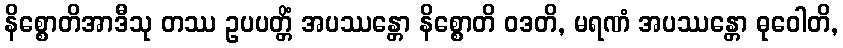
နိစ္စောတိအာဒီသု တဿ ဥပပတ္တိံ အပဿန္တော နိစ္စောတိ ဝဒတိ, မရဏံ အပဿန္တော ဓုဝေါတိ,